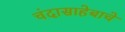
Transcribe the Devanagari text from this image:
चंदासाहेबाचे